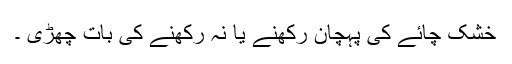
خشک چائے کی پہچان رکھنے یا نہ رکھنے کی بات چھڑی ۔